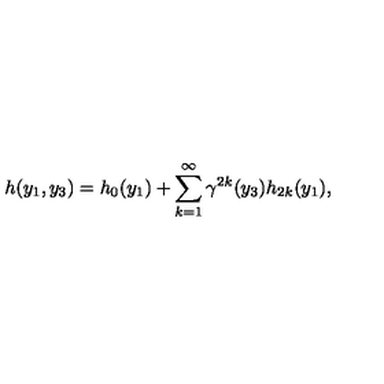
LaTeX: h ( y _ { 1 } , y _ { 3 } ) = h _ { 0 } ( y _ { 1 } ) + \sum _ { k = 1 } ^ { \infty } { \gamma } ^ { 2 k } ( y _ { 3 } ) h _ { 2 k } ( y _ { 1 } ) ,